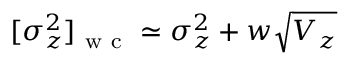
[ \sigma _ { z } ^ { 2 } ] _ { \mathrm { ~ w ~ c ~ } } \simeq \sigma _ { z } ^ { 2 } + w \sqrt { V _ { z } }